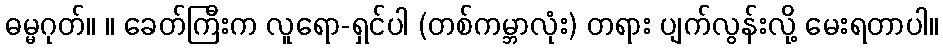
ဓမ္မဂုတ်။ ။ ခေတ်ကြီးက လူရော-ရှင်ပါ (တစ်ကမ္ဘာလုံး) တရား ပျက်လွန်းလို့ မေးရတာပါ။